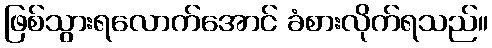
ဖြစ်သွားရလောက်အောင် ခံစားလိုက်ရသည်။